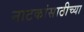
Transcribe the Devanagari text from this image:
नाटकांसाठीच्या